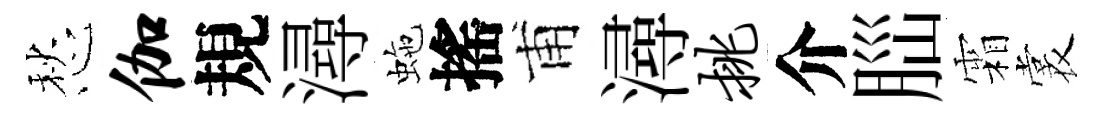
愁伽規潯虵搖甫潯挑介𦛁霜裳